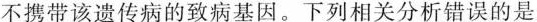
不携带该遗传病的致病基因。下列相关分析错误的是